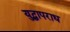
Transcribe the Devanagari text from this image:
युद्धापराध